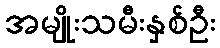
အမျိုးသမီးနှစ်ဦး